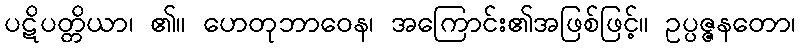
ပဋိပတ္တိယာ၊ ၏။ ဟေတုဘာဝေန၊ အကြောင်း၏အဖြစ်ဖြင့်။ ဥပ္ပဇ္ဇနတော၊